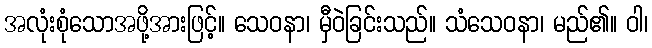
အလုံးစုံသောအဖို့အားဖြင့်။ သေဝနာ၊ မှီဝဲခြင်းသည်။ သံသေဝနာ၊ မည်၏။ ဝါ၊